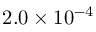
2 . 0 \times 1 0 ^ { - 4 }